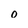
Character: 0